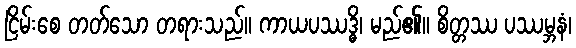
ငြိမ်းစေ တတ်သော တရားသည်။ ကာယပဿဒ္ဓိ၊ မည်၏။ စိတ္တဿ ပဿမ္ဘနံ၊